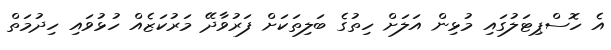
އެ ހޮސްޕިޓަލުގައި މުޅިން އަލަށް ހިތުގެ ބަލިތަކަށް ފަރުވާދޭ މަރުކަޒެއް ހުޅުވައި ހިދުމަތް